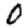
Digit: 0